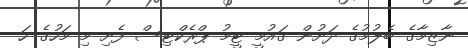
ނާޒިމާގެ ބެލުމުގެ ދަށުން ގައުމީ ޓީމު ޕްރެކްޓިސް ފެށި މި މަހުގެ ހަ